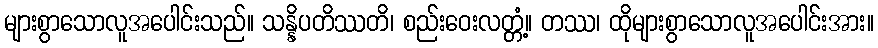
များစွာသောလူအပေါင်းသည်။ သန္နိပတိဿတိ၊ စည်းဝေးလတ္တံ့။ တဿ၊ ထိုများစွာသောလူအပေါင်းအား။